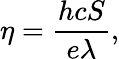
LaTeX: \eta=\frac{hcS}{e\lambda},